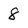
Character: 8